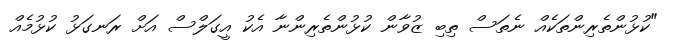
"ކުޅުންތެރިންތަކެއް ނެތަސް ތިބި ޒުވާން ކުޅުންތެރިންނާ އެކު އީގަލްސް އަށް ރަނގަޅު ކުޅުމެއް